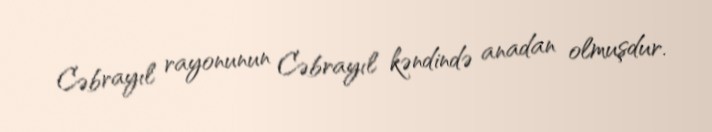
Cəbrayıl rayonunun Cəbrayıl kəndində anadan olmuşdur.